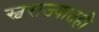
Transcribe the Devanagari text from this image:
स्वराज्यातही